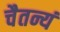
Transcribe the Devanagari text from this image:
चैतन्यं